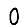
Digit: 0